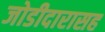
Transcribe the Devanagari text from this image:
जोडीदारासह